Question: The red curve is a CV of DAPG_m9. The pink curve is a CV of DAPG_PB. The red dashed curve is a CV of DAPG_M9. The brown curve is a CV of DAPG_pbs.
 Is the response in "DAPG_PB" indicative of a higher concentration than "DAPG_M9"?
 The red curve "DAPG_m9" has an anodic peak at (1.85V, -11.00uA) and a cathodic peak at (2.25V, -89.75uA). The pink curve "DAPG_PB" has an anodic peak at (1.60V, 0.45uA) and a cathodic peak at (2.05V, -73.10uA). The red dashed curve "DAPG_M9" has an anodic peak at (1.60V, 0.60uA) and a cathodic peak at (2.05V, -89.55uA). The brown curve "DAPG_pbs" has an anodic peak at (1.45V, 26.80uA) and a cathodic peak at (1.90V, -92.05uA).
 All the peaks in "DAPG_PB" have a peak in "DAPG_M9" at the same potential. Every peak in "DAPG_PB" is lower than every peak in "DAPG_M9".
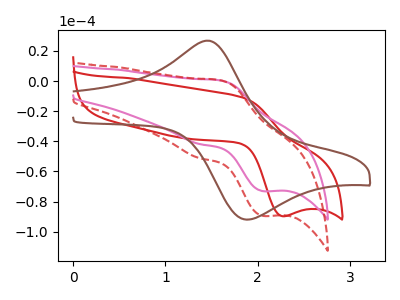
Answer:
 <answer>"DAPG_PB" has less signal than "DAPG_M9".</answer>
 <eval>less_signal</eval>